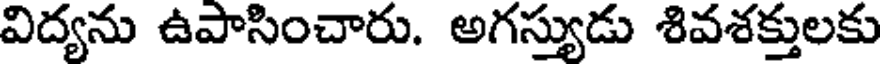
విద్యను ఉపాసించారు. అగస్యుడు శివశక్తులకు